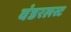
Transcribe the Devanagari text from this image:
वंडरलस्ट